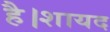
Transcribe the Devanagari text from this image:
है।शायद